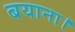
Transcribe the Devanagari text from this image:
बयाना।